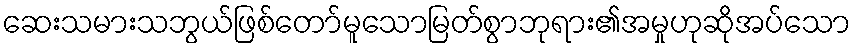
ဆေးသမားသဘွယ်ဖြစ်တော်မူသောမြတ်စွာဘုရား၏အမှုဟုဆိုအပ်သော